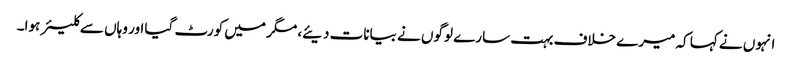
انہوں نے کہا کہ میرے خلاف بہت سارے لوگوں نے بیانات دیئے، مگر میں کورٹ گیا اور وہاں سے کلیئر ہوا۔